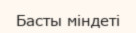
Басты міндеті